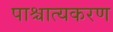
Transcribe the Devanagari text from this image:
पाश्चात्यकरण